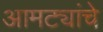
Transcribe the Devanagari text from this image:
आमट्यांचे